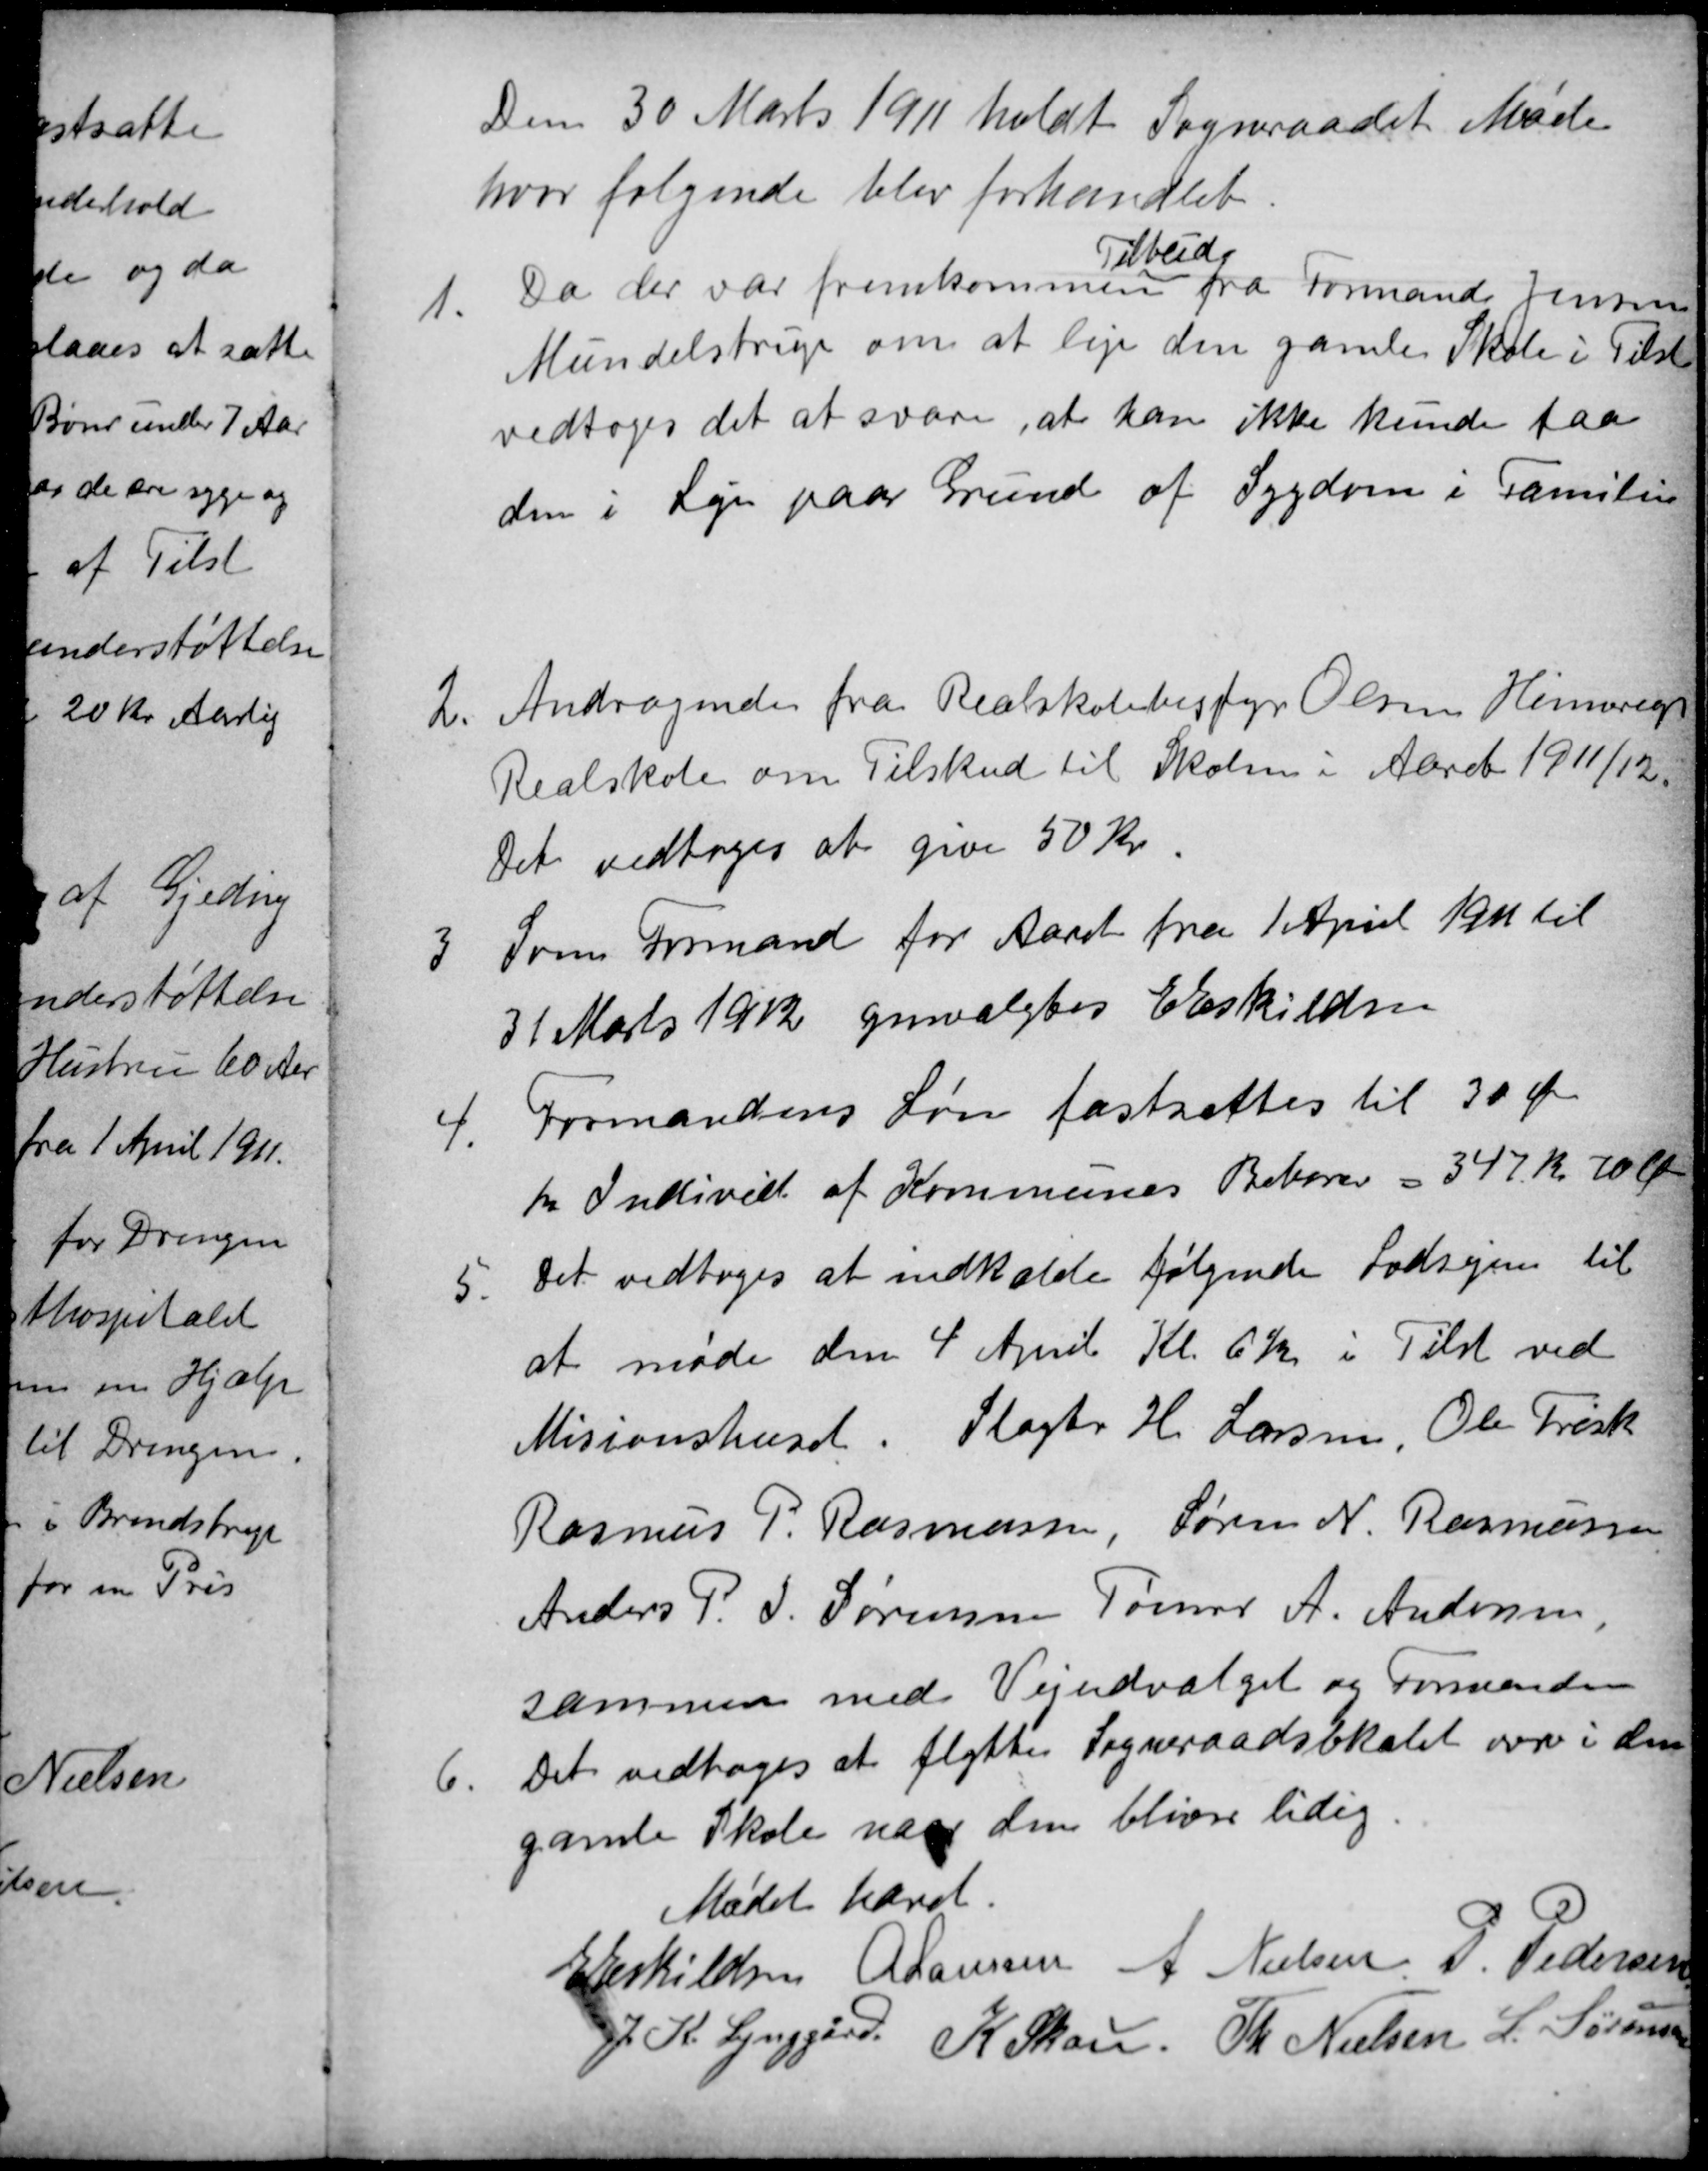
Transskription:
Den 30 Marts 1911 holdt Sogneraadet Møde
hvor følgende blev forhandlet.
1.
Da der var fremkommen
Tilbud
fra Formand Jensen
Mundelstrup om at leje den gamle Skole i Tilst
vedtoges det at svare, at han ikke kunde faa
den i Leje paa Grund af Sygdom i Familien
2.
Andragende fra Realskolebesfyr Olsen Hinnerup
Realskole om Tilskud til Skolen i Aaret 1911/12.
Det vedtoges at give 50 Kr.
3
Som Formand for Aaret fra 1 April 1911 til
31 Marts 1912 genvalgtes E Eskildsen
4.
Formandens Løn fastsættes til 30 Øre
pr Individ af Kommunes Beborer = 347 kr 70 Øre
5.
Det vedtoges at indkalde følgende Lodsejere til
at møde den 4 April Kl. 6½ i Tilst ved
Misionshuset. Slagter H Larsen, Ole Frisk
Rasmus P. Rasmussen, Søren N. Rasmussen
Anders P. J. Sørensen Tømrer A. Andersen,
sammen med Vejudvalget og Formanden
6.
Det vedtoges at flytte Sogneraadslokalet over i den
gamle Skole naar den bliver lidig.
Mødet hævet.
E Eskildsen
A Laursen
A Nielsen P. Pedersen
J. K. Lynggård K Skou. Th Nielsen L. Sørensen